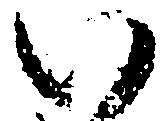
い